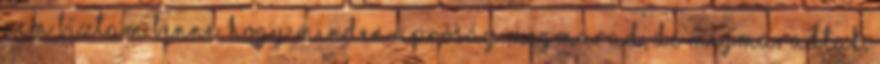
nem bíztam benne, hogy minden apróság megmarad, de megmaradtak.